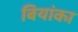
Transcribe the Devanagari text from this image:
बियांका